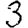
Digit: 3